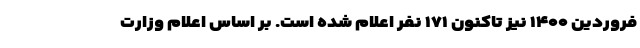
فروردین ۱۴۰۰ نیز تاکنون ۱۷۱ نفر اعلام شده است. بر اساس اعلام وزارت